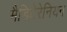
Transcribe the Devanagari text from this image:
मैडिटेरेनियन